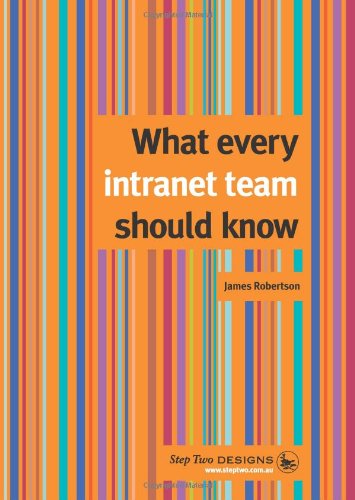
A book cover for What Every Intranet Team Should Know; James Robertson; Computers & Technology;